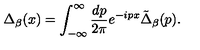
\Delta _ { \beta } ( x ) = \int _ { - \infty } ^ { \infty } { \frac { d p } { 2 \pi } } e ^ { - i p x } \tilde { \Delta } _ { \beta } ( p ) .